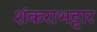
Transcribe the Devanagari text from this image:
शंकराभट्टार